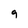
Character: 9